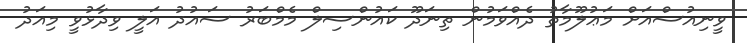
ވީނިއުސްއަށް މަޢުލޫމާތު ދެއްވަމުން ތިނަދޫ ކައުންސިލް މެމްބަރު ސައުދު އަލީ ވިދާޅުވީ މިއަދު